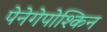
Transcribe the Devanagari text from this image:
पेनेगेपोश्किन